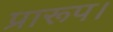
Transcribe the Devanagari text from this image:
प्रारूप।